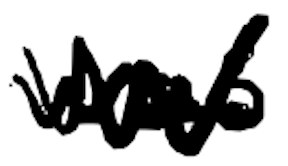
Text: was
Cross-out: zig-zag
Writing tool: digital_black